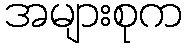
အများစုက